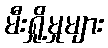
မီးရှို့မှုများ